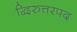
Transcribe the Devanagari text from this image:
द्विरुत्तरपद